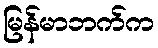
မြန်မာဘက်က